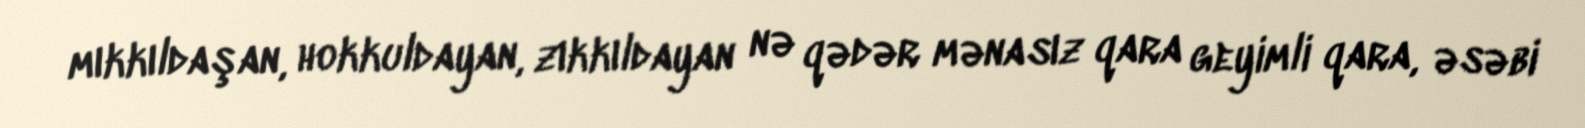
mıkkıldaşan, hokkuldayan, zıkkıldayan nə qədər mənasız qara geyimli qara, əsəbi